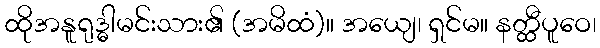
ထိုအနူရုဒ္ဓါမင်းသား၏ (အမိထံ)။ အယျေ၊ ရှင်မ။ နတ္ထီပူဝေ၊